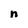
Character: n